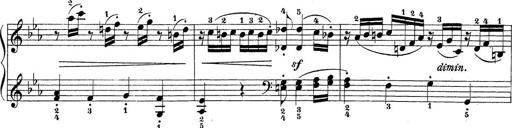
Title: Sonatina Album
Composer: Louis KÃ¶hler